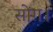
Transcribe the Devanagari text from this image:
सोंग।